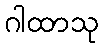
ဂါထာသု